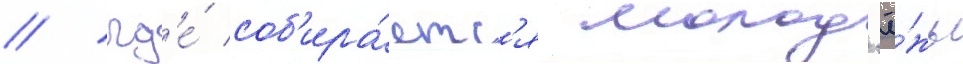
/ гд'е́ соб'ира́етс'я молод'ё́жь